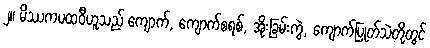
၂။ မိဿကပထဝီဟူသည် ကျောက်, ကျောက်စရစ်, အိုးခြမ်းကွဲ, ကျောက်ပြုတ်သဲတို့တွင်